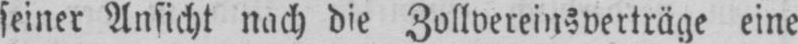
seiner Ansicht nach die Zollvereinsverträge eine